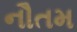
નૌતમ